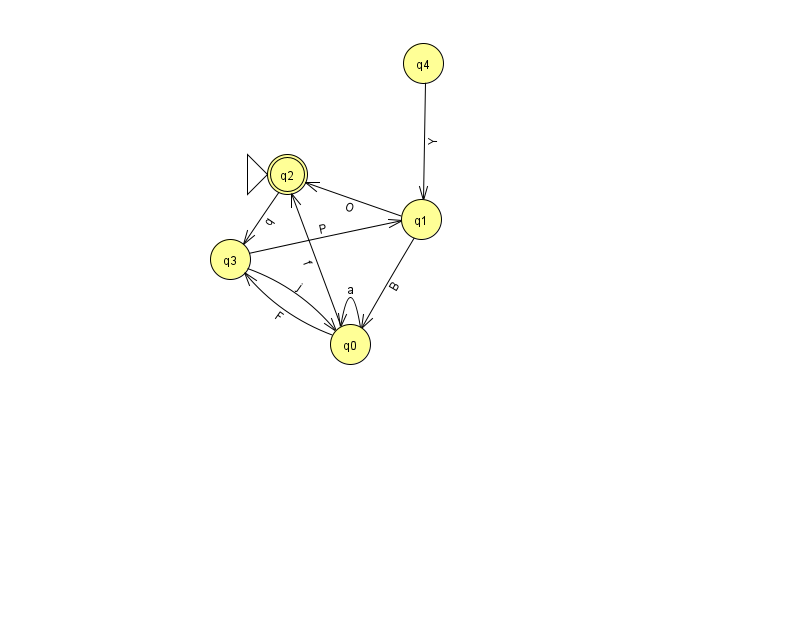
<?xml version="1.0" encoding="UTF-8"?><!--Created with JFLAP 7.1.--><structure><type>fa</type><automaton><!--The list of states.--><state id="0" name="q0"><x>350.0</x><y>331.0</y></state><state id="1" name="q1"><x>421.0</x><y>206.0</y></state><state id="2" name="q2"><x>287.0</x><y>161.0</y><initial/><final/></state><state id="3" name="q3"><x>230.0</x><y>246.0</y></state><state id="4" name="q4"><x>423.0</x><y>50.0</y></state><!--The list of transitions.--><transition><from>3</from><to>1</to><read>P</read></transition><transition><from>0</from><to>0</to><read>a</read></transition><transition><from>1</from><to>0</to><read>B</read></transition><transition><from>1</from><to>2</to><read>O</read></transition><transition><from>0</from><to>3</to><read>F</read></transition><transition><from>0</from><to>2</to><read>f</read></transition><transition><from>3</from><to>0</to><read>j</read></transition><transition><from>4</from><to>1</to><read>Y</read></transition><transition><from>2</from><to>3</to><read>q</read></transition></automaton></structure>